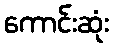
ကောင်းဆုံး